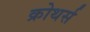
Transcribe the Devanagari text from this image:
क्रोथर्स